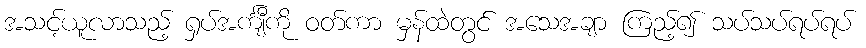
အသင့်ယူလာသည့် ရှပ်အင်္ကျီကို ဝတ်ကာ မှန်ထဲတွင် အသေအချာ ကြည့်၍ သပ်သပ်ရပ်ရပ်